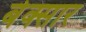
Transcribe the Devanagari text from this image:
बेक्सार